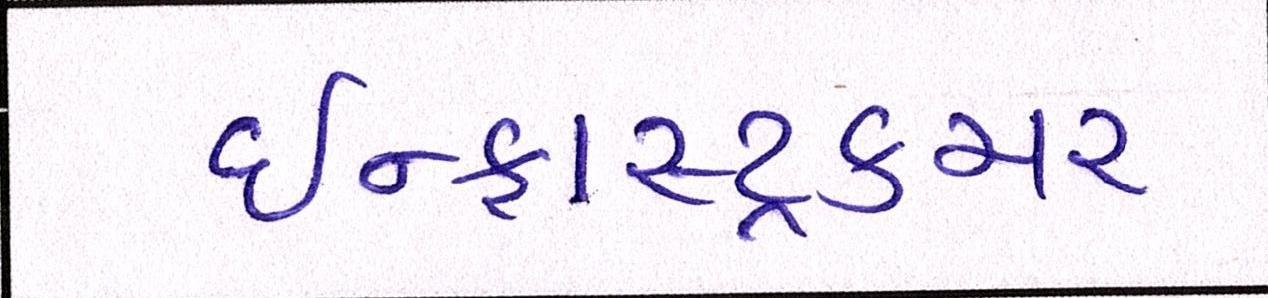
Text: ઇન્ફ્રાસ્ટ્રકચર